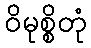
ဝိမုစ္စိတုံ